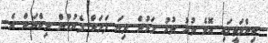
ބިންމަތީގައި އޮވެ ތުރު ތުރު ލަމުން ދިޔަ ފަލަކް ފެނުމުން ނިކްޔަން އެ